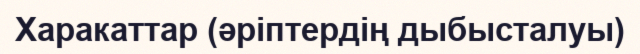
Харакаттар (әріптердің дыбысталуы)